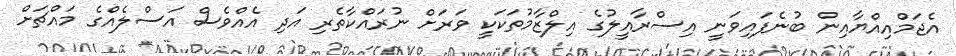
އެޖަމްއިއްޔާއިން ބުނެފައިވަނީ އިސްރާއީލުގެ އިލްޒާމުތަކަކީ ވަރަށް ނުރައްކާތެރި އަދި އެއްވެސް އަސްލެއްގެ މައްޗަށް